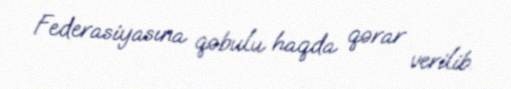
Federasiyasına qəbulu haqda qərar verilib.